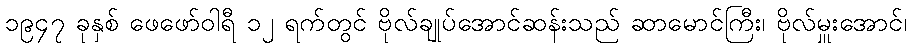
၁၉၄၇ ခုနှစ် ဖေဖော်ဝါရီ ၁၂ ရက်တွင် ဗိုလ်ချုပ်အောင်ဆန်းသည် ဆာမောင်ကြီး၊ ဗိုလ်မှူးအောင်၊